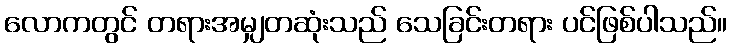
လောကတွင် တရားအမျှတဆုံးသည် သေခြင်းတရား ပင်ဖြစ်ပါသည်။